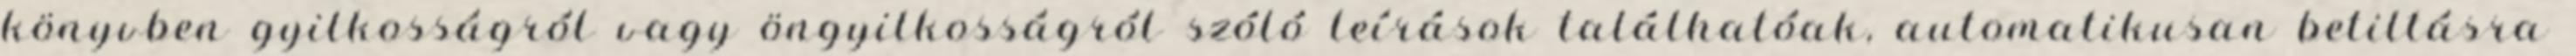
könyvben gyilkosságról vagy öngyilkosságról szóló leírások találhatóak, automatikusan betiltásra